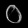
Digit: ၀